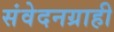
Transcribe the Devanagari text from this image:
संवेदनग्राही